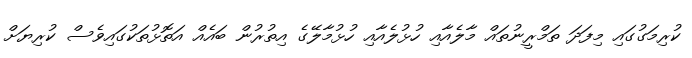
ކުރިމަގުގައި މިފަދަ ތަމްރީނުތައް މާލެއާއި ހުޅުލެއާއި ހުޅުމާލޭގެ އިތުރުން ބައެއް އަތޮޅުތަކުގައިވެސް ކުރިޔަށް